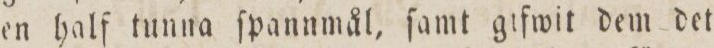
en half tunna ſpannmål, ſamt gifwit dem det